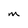
Character: m